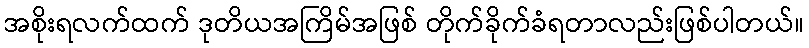
အစိုးရလက်ထက် ဒုတိယအကြိမ်အဖြစ် တိုက်ခိုက်ခံရတာလည်းဖြစ်ပါတယ်။